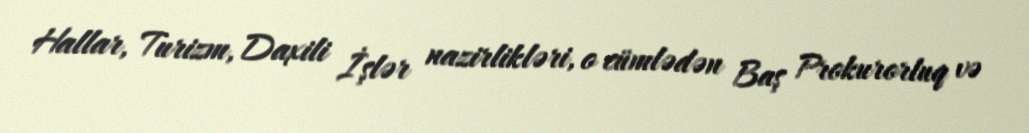
Hallar, Turizm, Daxili İşlər nazirlikləri, o cümlədən Baş Prokurorluq və